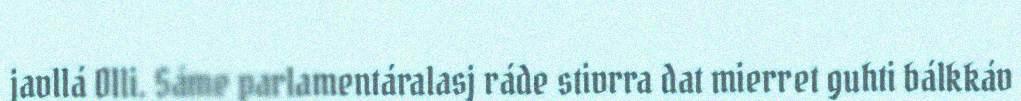
javllá Olli. Sáme parlamentáralasj ráde stivrra dat mierret guhti bálkkáv